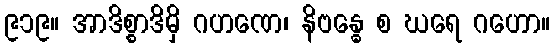
၉၁၉။ အာဒိစ္စာဒိမှိ ဂဟဏေ၊ နိဗန္ဓေ စ ဃရေ ဂဟော။